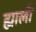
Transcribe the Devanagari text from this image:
ह्याली